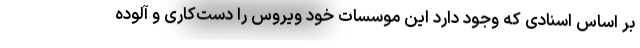
بر اساس اسنادی که وجود دارد این موسسات خود ویروس را دست‌کاری و آلوده